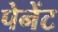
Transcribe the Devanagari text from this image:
पेनेंट